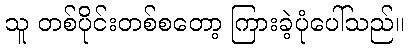
သူ တစ်ပိုင်းတစ်စတော့ ကြားခဲ့ပုံပေါ်သည်။